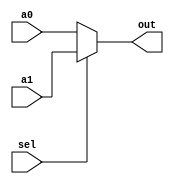
module Mux2To1 #(
    parameter N = 32
)(
    input [N-1:0] a0, a1,
    input sel,
    output [N-1:0] out
);
    assign out = sel ? a1 : a0;
endmodule

module Mux4To1 #(
    parameter N = 32
)(
    input [N-1:0] a00, a01, a10, a11,
    input [1:0] sel,
    output [N-1:0] out
);
    assign out = (sel == 2'b00) ? a00 :
                 (sel == 2'b01) ? a01 :
                 (sel == 2'b10) ? a10 : a11;
endmodule